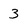
Character: 3